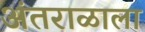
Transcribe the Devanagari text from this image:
अंतराळाला